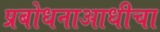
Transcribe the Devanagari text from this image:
प्रबोधनाआधीचा